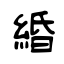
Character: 緍